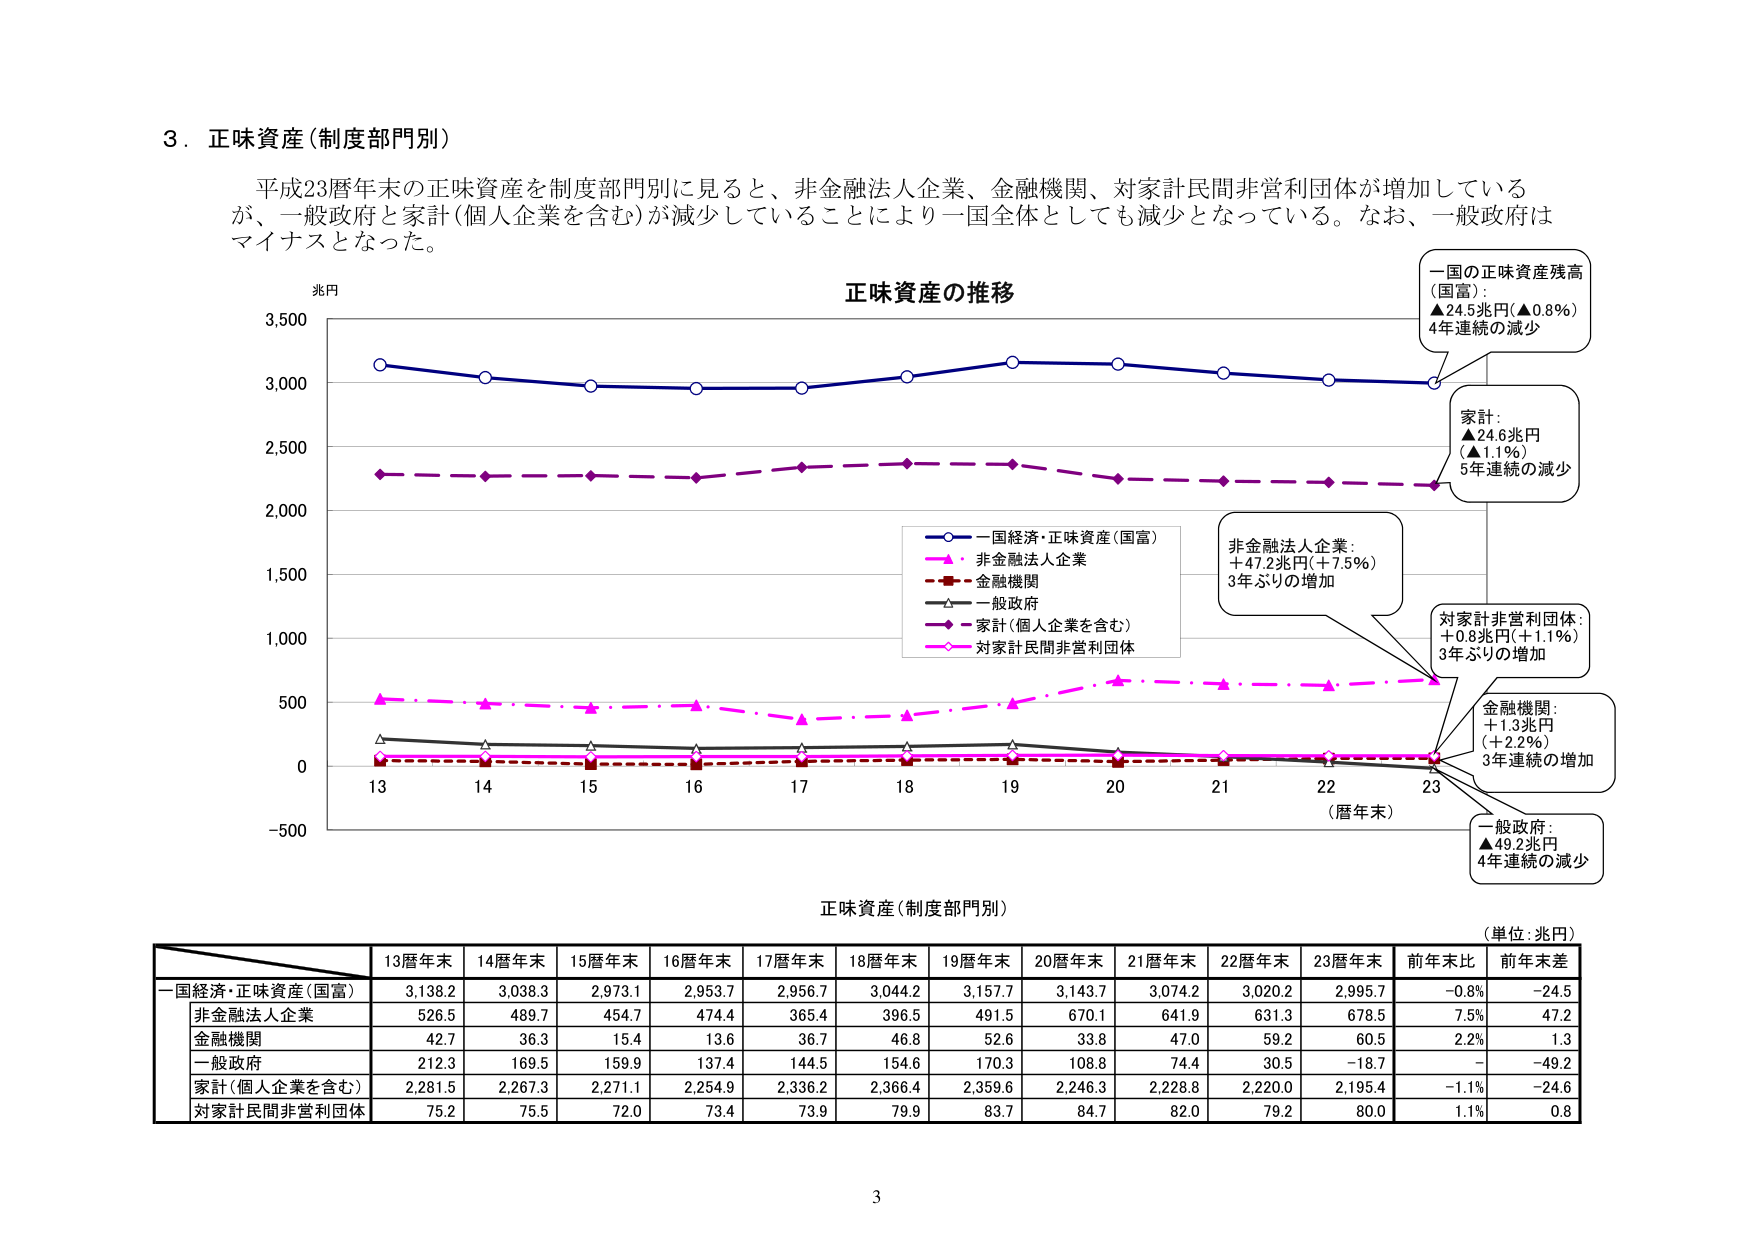
3．正味資産（制度部門別）

平成23暦年末の正味資産を制度部門別に見ると、非金融法人企業、金融機関、対家計民間非営利団体が増加しているが、一般政府と家計（個人企業を含む）が減少していることにより一国全体としても減少となっている。なお、一般政府はマイナスとなった。

兆円
正味資産の推移

一国経済・正味資産（国富）
非金融法人企業
金融機関
一般政府
家計（個人企業を含む）
対家計民間非営利団体

（暦年末）

一国の正味資産残高（国富）：
▲24.5兆円（▲0.8%）
4年連続の減少

家計：
▲24.6兆円（▲1.1%）
5年連続の減少

非金融法人企業：
＋47.2兆円（＋7.5%）
3年ぶりの増加

対家計非営利団体：
＋0.8兆円（＋1.1%）
3年ぶりの増加

金融機関：
＋1.3兆円（＋2.2%）
3年連続の増加

一般政府：
▲49.2兆円
4年連続の減少

正味資産（制度部門別）
（単位：兆円）

13暦年末 14暦年末 15暦年末 16暦年末 17暦年末 18暦年末 19暦年末 20暦年末 21暦年末 22暦年末 23暦年末 前年末比 前年末差

一国経済・正味資産（国富） 3,138.2 3,038.3 2,973.1 2,953.7 2,956.7 3,044.2 3,157.7 3,143.7 3,074.2 3,020.2 2,995.7 -0.8% -24.5
非金融法人企業 526.5 489.7 454.7 474.4 365.4 396.5 491.5 670.1 641.9 631.3 678.5 7.5% 47.2
金融機関 42.7 36.3 15.4 13.6 36.7 46.8 52.6 33.8 47.0 59.2 60.5 2.2% 1.3
一般政府 212.3 169.5 159.9 137.4 144.5 154.6 170.3 108.8 74.4 30.5 -18.7 - -49.2
家計（個人企業を含む） 2,281.5 2,267.3 2,271.1 2,254.9 2,336.2 2,366.4 2,359.6 2,246.3 2,228.8 2,220.0 2,195.4 -1.1% -24.6
対家計民間非営利団体 75.2 75.5 72.0 73.4 73.9 79.9 83.7 84.7 82.0 79.2 80.0 1.1% 0.8

3